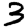
Digit: 3